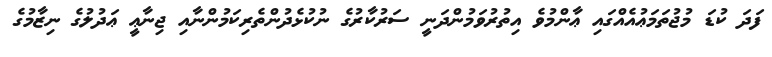
ފަދަ ކުޑަ މުޖުތަމަޢުއެއްގައި ޢާންމުވެ އިތުރުވަމުންދަނީ ސަރުކާރުގެ ނުކުޅެދުންތެރިކަމުންނާއި ޖިނާޢީ ޢަދުލުގެ ނިޒާމުގެ